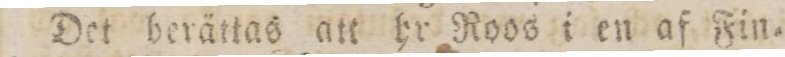
Det berättas att hr Roos i en af Fin=